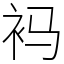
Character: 䘞